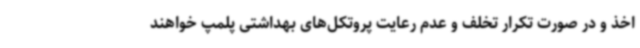
اخذ و در صورت تکرار تخلف و عدم رعایت پروتکل‌های بهداشتی پلمپ خواهند